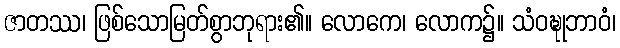
ဇာတဿ၊ ဖြစ်သောမြတ်စွာဘုရား၏။ လောကေ၊ လောက၌။ သံဝဍ္ဎုဘာဝံ၊